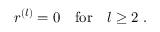
r ^ { ( l ) } = 0 \quad \mathrm { f o r } \quad l \geq 2 \ .